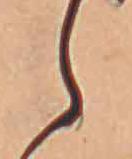
ら